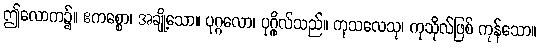
ဤလောက၌။ ဧကစ္စော၊ အချို့သော။ ပုဂ္ဂလော၊ ပုဂ္ဂိုလ်သည်။ ကုသလေသု၊ ကုသိုလ်ဖြစ် ကုန်သော။